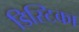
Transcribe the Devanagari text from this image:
डिस्टिका